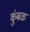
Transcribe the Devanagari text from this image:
कुंबळ